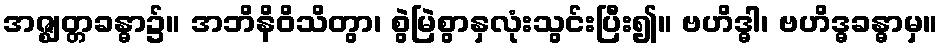
အဇ္ဈတ္တခန္ဓာ၌။ အဘိနိဝိသိတွာ၊ စွဲမြဲစွာနှလုံးသွင်းပြီး၍။ ဗဟိဒ္ဓါ၊ ဗဟိဒ္ဓခန္ဓာမှ။